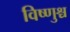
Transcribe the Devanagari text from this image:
विष्णुश्च